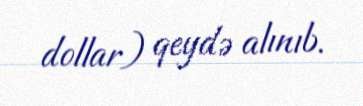
dollar) qeydə alınıb.